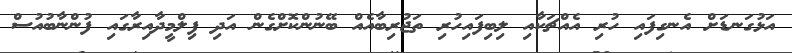
އަޅުގަނޑަށް އެނގިފައި ހުރި އެއްޗަކާއި ލިބިފައިހުރި ތަޖުރިބާއެއް ބޭނުންކޮށްގެން އަދި ފިލްމީދާއިރާގައި ފުންނާބުއުސް